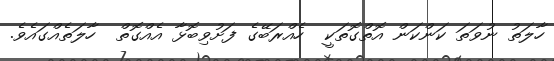
ހާލަތު ނުވަތަ ކަންކަން އޮތްގޮތަކީ  ހެއްރަބޭގެ ފަށުވިބޮޅާ އެއްގޮތް  ހާލަތެއްގައެވެ.